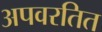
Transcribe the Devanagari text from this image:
अपवरतित